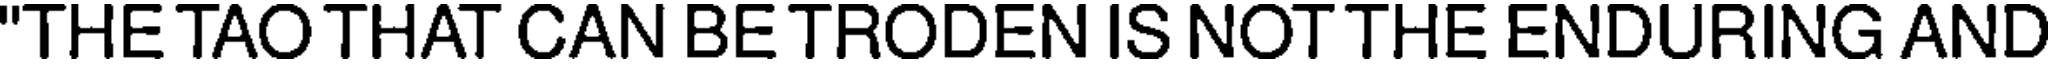
"THE TAO THAT CAN BE TRODEN IS NOT THE ENDURING AND